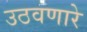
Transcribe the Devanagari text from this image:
उठवणारे